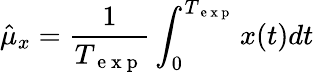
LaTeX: \hat{\mu}_{x}=\frac{1}{T_{\mathrm{~e~x~p~}}}\int_{0}^{T_{\mathrm{~e~x~p~}}}x(t)dt